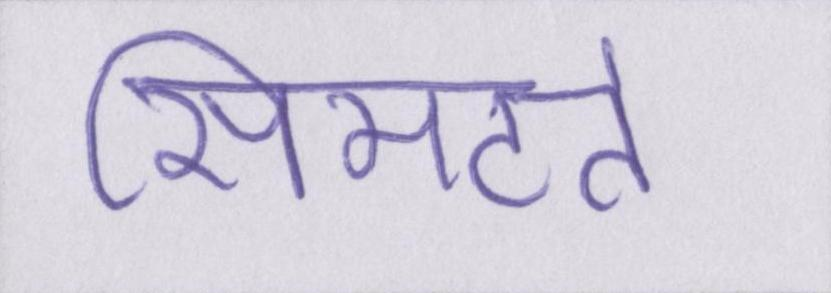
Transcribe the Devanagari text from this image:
सिमटते